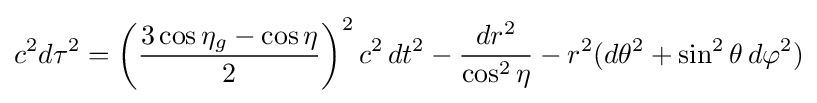
c^{2}d\tau ^{2}=\left({\frac {3\cos \eta _{g}-\cos \eta }{2}}\right)^{2}c^{2}\,dt^{2}-{\frac {dr^{2}}{\cos ^{2}\eta }}-r^{2}(d\theta ^{2}+\sin ^{2}\theta \,d\varphi ^{2})